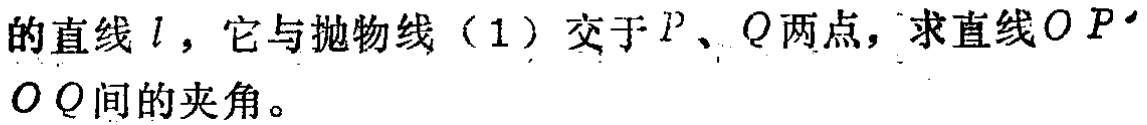
的直线\(l\)，它与抛物线（1）交于\(P\)、\(Q\)两点，求直线\(OP\)、\(OQ\)间的夹角。